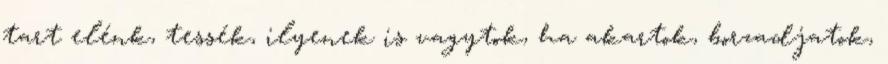
tart elénk, tessék, ilyenek is vagytok, ha akartok, borzadjatok,